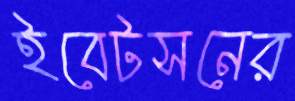
ইবেটসনের